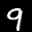
Label: 9